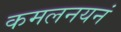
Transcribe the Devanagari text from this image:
कमलनयनं